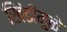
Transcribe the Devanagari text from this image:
खिंडीमुळे